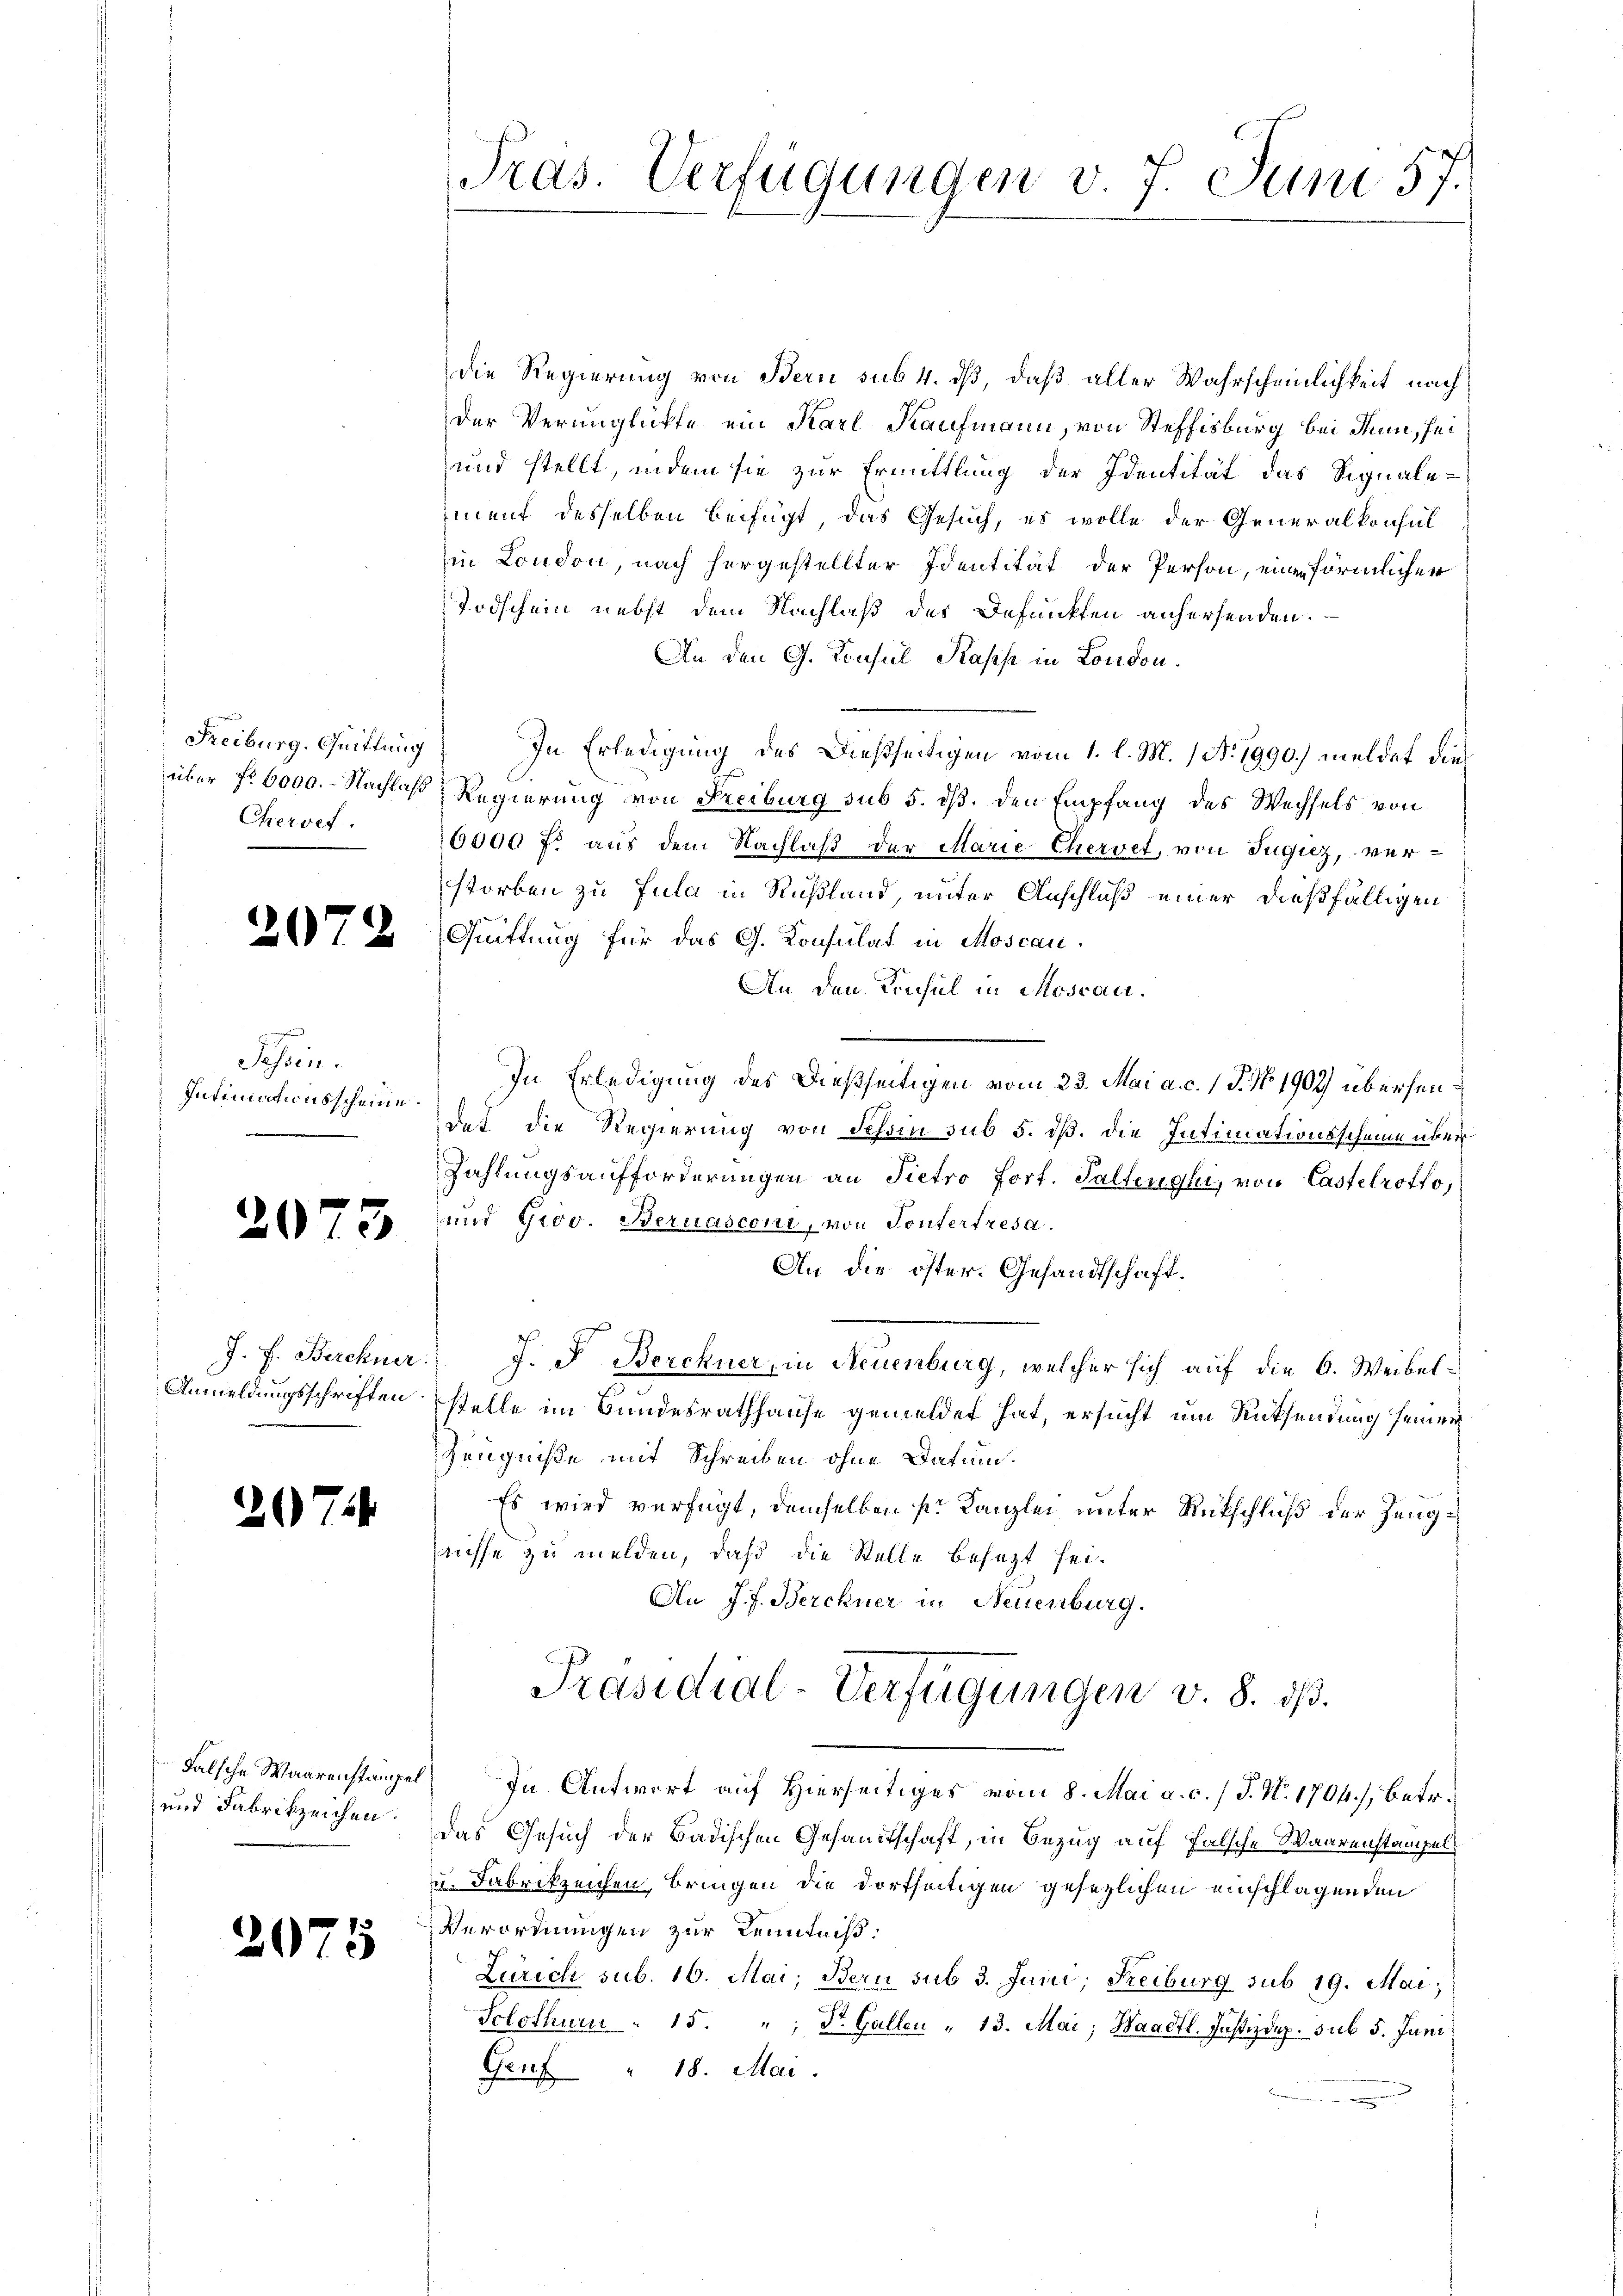
Freiburg. Quittung
Cheroef.

2

.

5

.

07

Tessin.
Intimitionsscheine

J. F. Berchner.
Anmeldungsschriften.

2

075

3

dalsche Waarenstämpel
und Fabrikzeichen.

Pras. Verfügungen v. 7. Juni 57.

die Regierung von Bern sub. 4. dß, daß aller Wahrscheinlichkeit nach
der Verunglükte ein Karl Kaufmann, von Steffisburg bei dem, sei
und stellt, indem sie zur Ermittlung der Identität das Signaleiment desselben beifügt das Gesuch, es wolle der Generalkonsul-
in London, nach hergestellter Identität der Person, eine förmlicher
Todschein nebst dem Nachlaß des Befunkten anhersenden.
An den G. Konsul Kasse in London.
In Erledigung des Dießseitigen vom 1. l. M. 1 No 1990.) meldet die
über f. 6000.- Nachlaß Regierung von Freiburg sub 5. ds. den Empfang des Wechsels von
6000 f: aus dem Nachlaß der Marie-Chervet, von Jugiz, verstorben zu Jula in Rußland, unter Anschluß einer dießfälligen
f
Quittung für das G. Konsulat in Moscan
An den Konsul in Moscan.
In Erledigung des dießseitigen vom 23. Mai a. c. 1 P. No 1909 übersendet die Regierung von Schon sub 5. dß. die Intimationsscheine über¬
Zahlungsaufforderungen an Pietro fort. Gallenghi, von Castelrotto,
und Giov. Bernasconi, von Tontertresa.
An die öster. Gesandtschaft.
J. F. Berchner, in Neuenburg, welcher sich auf die 6. Weibelstelle im Bundesrathhause gemeldet hat, ersucht um Rücksendung seiner
Zeugniße mit Schreiben ohne Datum.
Es wird verfügt, demselben ser Kanzlei unter Rütschluß der Jungaüsse zu melden, daß die Stelle besezt sei.
An J. J. Berchner in Neuenburg.
Präsidial-Verfügungen v. 8. dß.
In Antwort auf Hierseitiges vom 8. Mai a. c. / J. N. 1704), betr.
das Gesuch der Badischen Gesandtschaft, in Bezug auf falsche Waarenstampel¬
u. Fabrikzeichen, bringen die dortseitigen gesezlichen einschlagenden
VVerordnungen zur Kenntniß:
Zürich sub. 16. Mai, Bern sub 3. Juni, Reiburg sub 19. Mai,
Sclothurn . 15. " Dr. Gallen " 13. Mai, Haadtl. Justizdep. sub 5. Juni
Genf " 18. Mai.